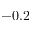
- 0 . 2